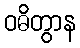
ဝဓိတွာန